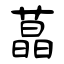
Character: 蕌